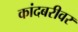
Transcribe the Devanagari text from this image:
कांदबरीवर